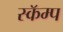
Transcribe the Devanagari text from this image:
स्कॅम्प